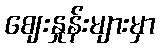
ဈေးနှုန်းများမှာ